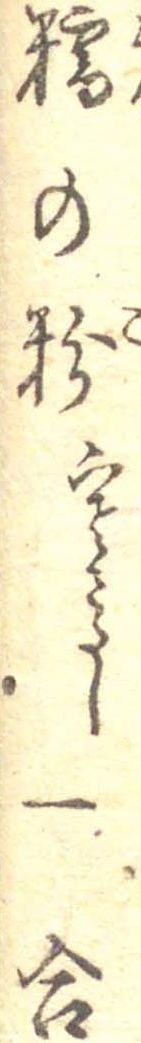
糯の粉寒さらし一合